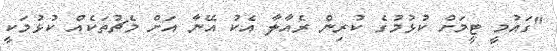
"ގައުމީ ޓީމަށް ކުޅުމުގެ ކުރިން ރެއާލާ އެކު އޭނާ އަށް މެޗުތަކެއް ކުޅުމަކީ